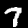
Label: 7